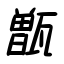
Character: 甑